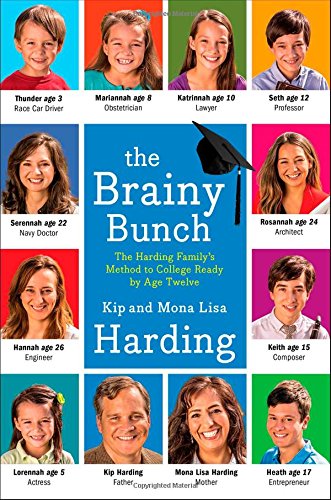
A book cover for The Brainy Bunch: The Harding Family's Method to College Ready by Age Twelve; Kip Harding; Christian Books & Bibles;